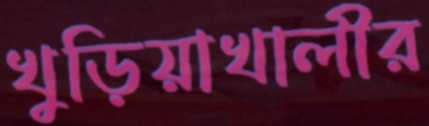
খুড়িয়াখালীর